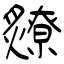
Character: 爒